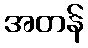
အတန်